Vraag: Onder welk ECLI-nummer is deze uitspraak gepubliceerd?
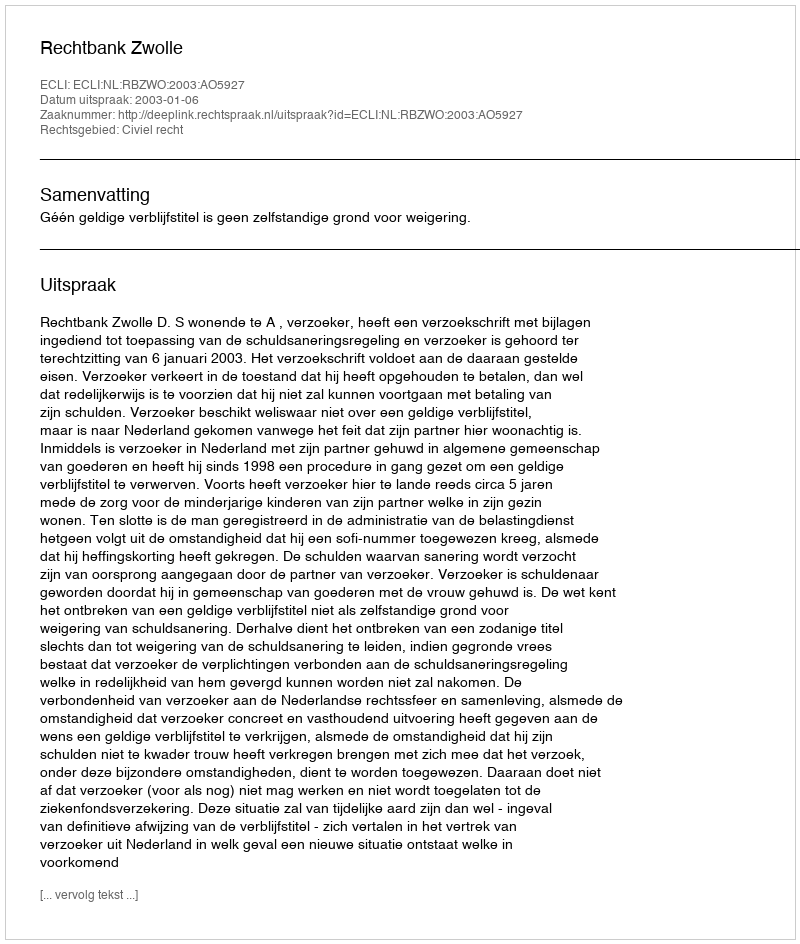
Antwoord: ECLI:NL:RBZWO:2003:AO5927